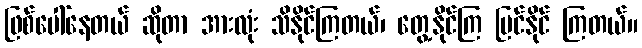
ဖြစ်ပေါ်နေတယ် ဆိုတာ အားလုံး သိနိုင်ကြတယ်၊ တွေ့နိုင်ကြ မြင်နိုင် ကြတယ်။